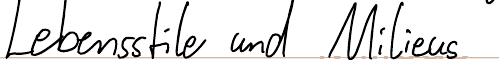
Lebensstile und Milieus